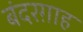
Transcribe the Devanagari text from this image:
बंदरग़ाह